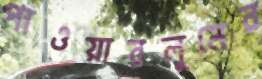
পাওয়ারলুমের